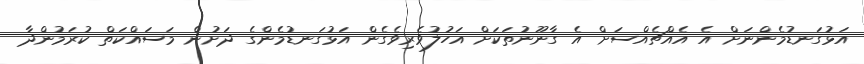
އަޅުގަނޑުމެންނަށް އެ އެއްޗެއްސަށް އެ ގާނޫނުތަކަށް އަހުލުވެރިވެގެން އަޅުގަނޑުމެންގެ ދަށުން މަސައްކަތް ކުރަމުންދާ